Vaccination in Bombay 1889-1901 - 1889-1901
Year: 1889
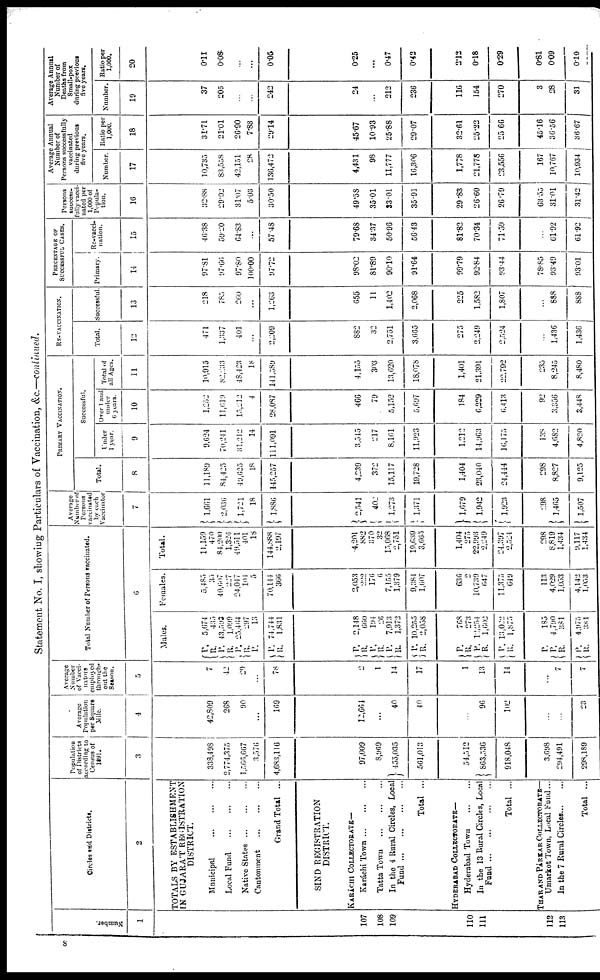
Statement No. I, showing Particulars of Vaccination, &c.—continued.
Number.
1
107
108
109
110
111
112
113
Circles and Districts.
2
TOTALS BY ESTABLISHMENT
IN GUJARAT REGISTRATION
DISTRICT.
Municipal
...
...
...
Local Fund
...
...
...
Native States
...
...
...
Cantonment
...
...
...
Grand Total ...
SIND REGISTRATION
DISTRICT.
KARÁCHI COLLECTORATE—
Karáchi Town
...
...
...
TattaTown
...
...
...
In the 4 Rural Circles, Local
Fund
...
...
...
Total ...
HYDERABAD COLLECTORATE—
Hyderabad Town
...
...
In the 13 Rural Circles, Local
Fund
...
...
...
...
Total ...
THAR AND PÁRKAR COLLECTORATE—
Umarkot Town, Local Fund...
In the 7 Rural Circles ... ...
Total ...
Population
of Districts
according to
Census of
1891.
3
338,498
2,774,375
1,566,607
3,576
4,683,1l6
97,009
8,969
455,035
561,013
54,312
863,536
918,048
3,698
294,491
298,189
Average
Population
per Square
Mile.
4
42,800
268
90
...
169
12,664
...
40
40
...
96
102
...
...
23
Average
Number
of Vacci-
nators
employed
through-
out the
Season.
5
7
42
29
...
78
2
1
14
17
1
13
14
...
7
7
Total Number of Persons vaccinated.
6
Males.
P.
R.
P.
R.
P.
R.
P.
P.
R.
P.
R.
P.
R.
P.
R.
P.
R.
P. R.
P. R.
P.
R.
P.
P.
R.
P.
R.
5,674
435
43,593
l,099
25,464
297
13
74,744
1,831
2,148
660
194
26
7,913
1,372
10,255
2,058
768
273
12,254
1,602
13,022
1,875
185
4,790
381
4,975
381
Females.
5,485
35
40,607
227
24,047
101
5
70,144
366
2,053
222
176
6
7,155
1,379
9,384
l,607
636
2 10,739
647
11,375
649
113
4,029
1,053
4,142
1,053
Total.
11,159
470
84,200
1,326
49,511
401
18
144,888
2,197
4,201
882
370
32
15,068
2,751
10,639
3,665
1,404
275
22,993
2,249
24,397
2,524
298
8,819
1,434
9,117
1,434
Average
Number of
Persons
vaccinated
by each
Vaccinator
7
1,661
2,036
1,721
18
1,886
2,541
402
1,273
1,371
1,679
1,942
1,923
298
1,465
1,507
PRIMARY VACCINATION.
Total.
8
11,189
84,425
49,625
18
145,257
4,239
372
15,117
19,728
1,404
23,040
24,444
298
8,827
9,125
Successful.
Under
1 year.
9
9,624
70,241
31,212
14
111,091
3,545
217
8,161
11,923
1,212
14,963
16,175
138
4,682
4,820
Over 1 and
under
6 years.
10
1,252
11,619
15,212
4
28,087
466
79
5,152
5,697
184
6,229
6,413
92
3,356
3,448
Total of
all Ages.
11
10,915
82,233
48,423
18
141,589
4,155
303
13,620
18,078
1,401
21,391
22,792
235
8,245
8,480
RE-VACCINATION.
Total.
12
471
1,337
401
...
2,209
882
32
2,751
3,665
275
2,249
2,524
...
1,436
1,436
Successful.
13
218
785
260
...
1,263
655
11
1,402
2,068
225
1,582
1,807
...
888
888
PERCENTAGE OF
SUCCESSFUL CASES.
Primary.
14
97.81
97.66
97.80
100.00
97.72
98.02
81.89
90.10
91.64
99.79
92.84
93.44
78.85
93.49
93.01
Re-vacci-
nation.
15
16.38
59.20
64.83
...
57.48
79.68
34.37
50.96
56.43
81.82
70.34
71.59
...
61.92
61.92
Persons
success-
fully
vacci-
nated
per
1,000
of
Popula-
tion.
16
32.88
29.92
31.07
5.03
30.50
49.58
35.01
33.01
35.91
29.83
26.60
26.79
63.55
31.01
31.42
Average Annual
Number of
Persons successfully
vaccinated
during previous
five years.
Number.
17
10,735
83,558
42,151
28
136,472
4,431
98
11,777
16,306
1,778
21,778
23,556
167
10,767
10,934
Ratio per
1,000.
18
31.71
21.01
26.90
7.83
29.14
45.67
10.93
25.88
29.07
32.61
25.22
25.66
45.16
36.56
36.67
Average Annual
Number of
Deaths from
Small-pox
during previous
five years.
Number,
19
37
205
...
...
242
24
...
212
236
116
154
270
3
28
31
Ratio per
1,000.
20
0.11
0.08
...
...
0.05
0.25
...
0.47
0.42
2.12
0.18
0.29
0.81
0.09
0.10
8